Indian journal of veterinary science and animal husbandry - Volumes 22-23, 1952-1953
Year: 1952
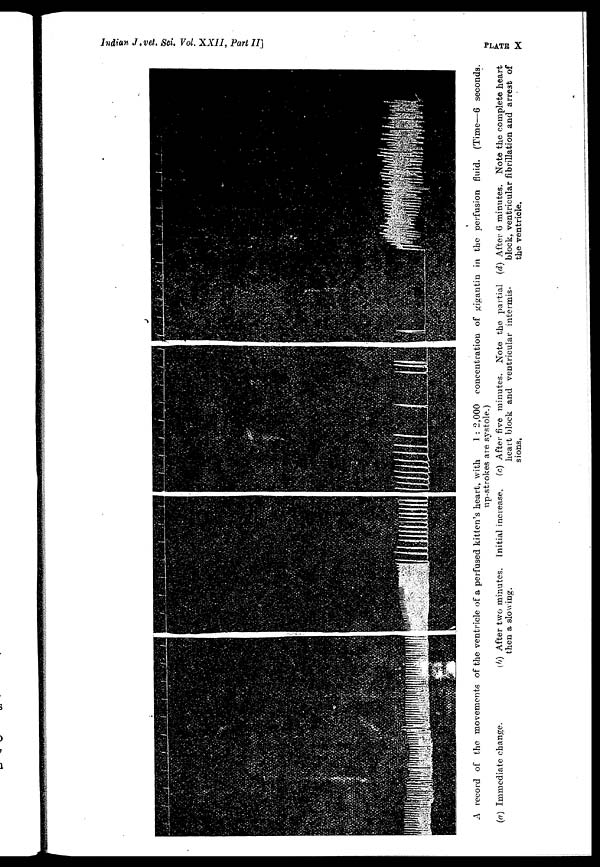
Indian J. vet. Sci. Vol. XXII, Part II]
PLATE
X
A record of the movements of the ventricle of a perfused kitten's heart, with
1 : 2,000 concentration of gigantin in the perfusion fluid. (Time—6 seconds.
up-strokes are systole.)
(a) Immediate change.
(b) After two minutes. Initial increase,
then a slowing.
(c) After five minutes. Note the partial
heart block and ventricular intermis-
sions,
(d) After 6 minutes. Note the complete heart
block, ventricular fibrillation and arrest of
the ventricle.